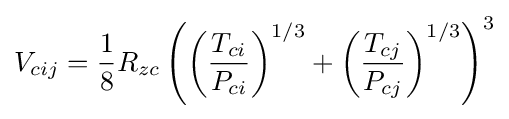
V_{cij}={\frac {1}{8}}R_{zc}\left(\left({\frac {T_{ci}}{P_{ci}}}\right)^{1/3}+\left({\frac {T_{cj}}{P_{cj}}}\right)^{1/3}\right)^{3}